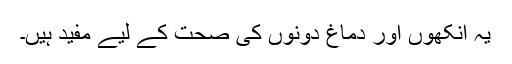
یہ آنکھوں اور دماغ دونوں کی صحت کے لیے مفید ہیں۔